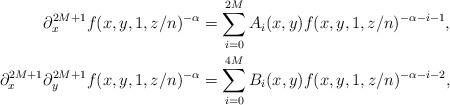
LaTeX: \begin{align*}\partial_x^{2M+1} f(x,y,1, z/n)^{-\alpha} &= \sum_{i=0}^{2M} A_i(x,y)f(x,y,1,z/n)^{-\alpha-i-1}, \\\partial_x^{2M+1}\partial_y^{2M+1} f(x,y,1, z/n)^{-\alpha} &= \sum_{i=0}^{4M} B_i(x,y)f(x,y,1,z/n)^{-\alpha-i-2},\end{align*}